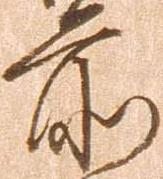
前